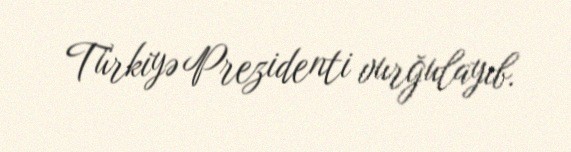
Türkiyə Prezidenti vurğulayıb.